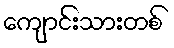
ကျောင်းသားတစ်